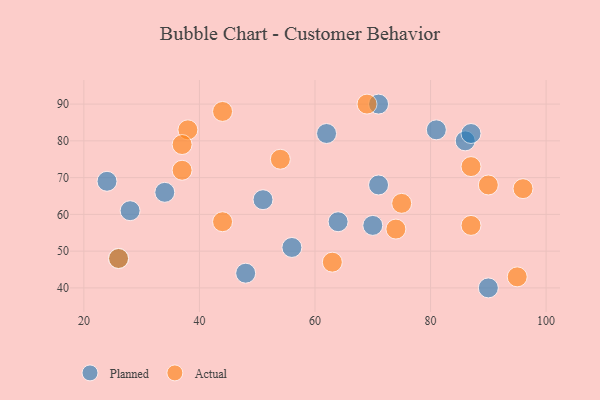
{"axis": {"x": "GDP", "y": "Life Expectancy"}, "legend": ["Actual", "Planned"], "data": [{"x": "64", "y": 58, "type": "Planned"}, {"x": "71", "y": 68, "type": "Planned"}, {"x": "71", "y": 90, "type": "Planned"}, {"x": "86", "y": 80, "type": "Planned"}, {"x": "48", "y": 44, "type": "Planned"}, {"x": "24", "y": 69, "type": "Planned"}, {"x": "90", "y": 40, "type": "Planned"}, {"x": "87", "y": 82, "type": "Planned"}, {"x": "28", "y": 61, "type": "Planned"}, {"x": "62", "y": 82, "type": "Planned"}, {"x": "70", "y": 57, "type": "Planned"}, {"x": "26", "y": 48, "type": "Planned"}, {"x": "34", "y": 66, "type": "Planned"}, {"x": "56", "y": 51, "type": "Planned"}, {"x": "81", "y": 83, "type": "Planned"}, {"x": "51", "y": 64, "type": "Planned"}, {"x": "38", "y": 83, "type": "Actual"}, {"x": "69", "y": 90, "type": "Actual"}, {"x": "74", "y": 56, "type": "Actual"}, {"x": "95", "y": 43, "type": "Actual"}, {"x": "37", "y": 72, "type": "Actual"}, {"x": "26", "y": 48, "type": "Actual"}, {"x": "96", "y": 67, "type": "Actual"}, {"x": "87", "y": 57, "type": "Actual"}, {"x": "54", "y": 75, "type": "Actual"}, {"x": "75", "y": 63, "type": "Actual"}, {"x": "44", "y": 58, "type": "Actual"}, {"x": "44", "y": 88, "type": "Actual"}, {"x": "90", "y": 68, "type": "Actual"}, {"x": "87", "y": 73, "type": "Actual"}, {"x": "63", "y": 47, "type": "Actual"}, {"x": "37", "y": 79, "type": "Actual"}]}